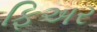
ફિઅર